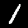
Digit: 1